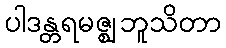
ပါဒန္တရမဇ္ဈဘူသိတာ